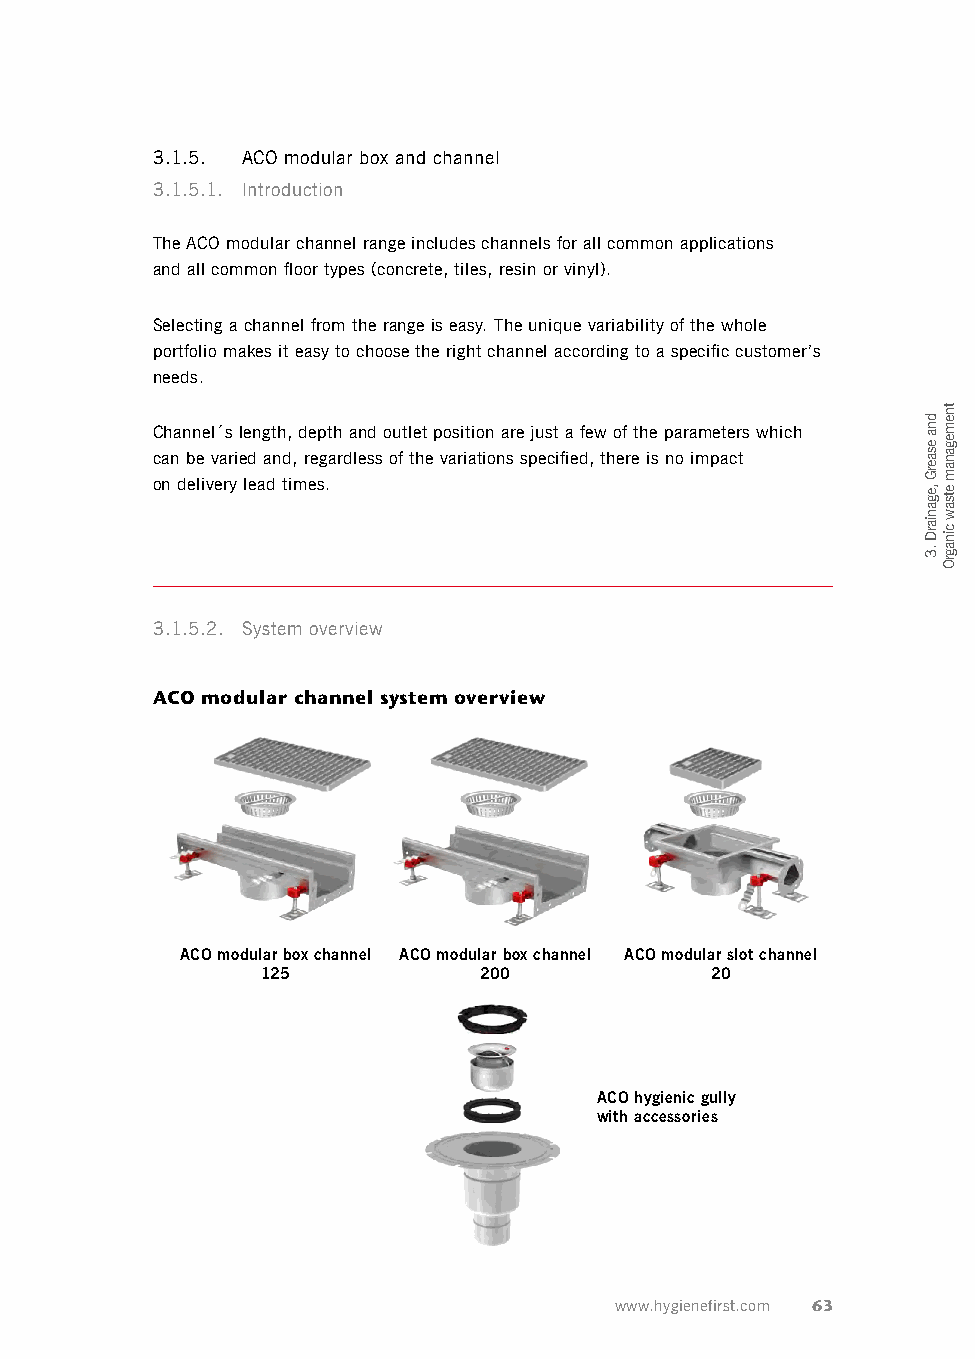
3.1.5. ACO modular box and channel
 3.1.5.1. Introduction
 The ACO modular channel range includes channels for all common applications
 and all common floor types (concrete, tiles, resin or vinyl).
 Selecting a channel from the range is easy. The unique variability of the whole
 portfolio makes it easy to choose the right channel according to a specific customer’s
 needs.
 Channel´s length, depth and outlet position are just a few of the parameters which
 can be varied and, regardless of the variations specified, there is no impact
 on delivery lead times.
 3.1.5.2. System overview
 ACO modular channel system overview
 ACO modular box channel ACO modular box channel ACO modular slot channel
 125            200            20
 ACO hygienic gully
 with accessories
 www.hygienefirst.com 63
 dna
 esaerG
 ,eganiarD
 .3
 tnemeganam
 etsaw
 cinagrO